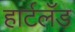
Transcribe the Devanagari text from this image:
हार्टलँड